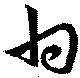
甘